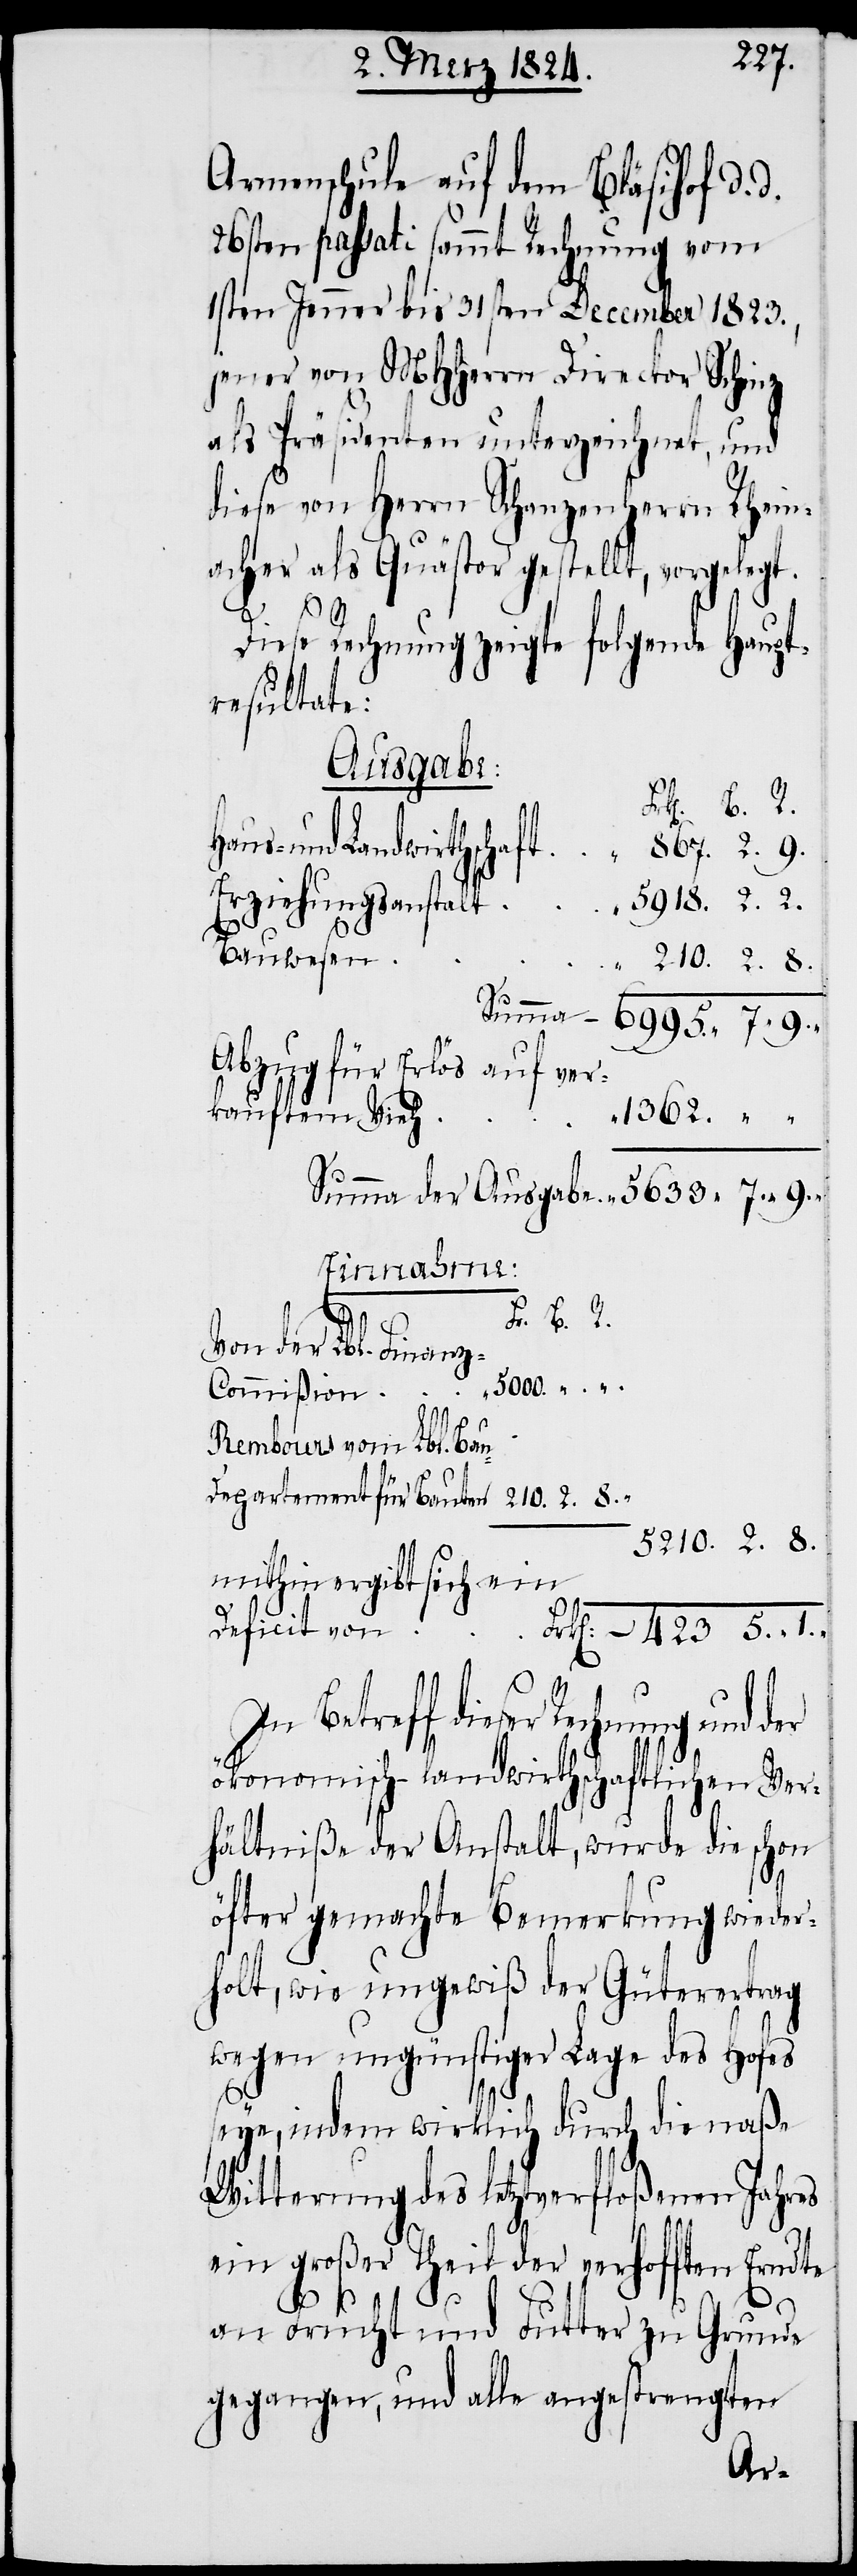
Armenschule auf den Bläsihof d.
26sten passati sammt Rechnung vom
1sten Jenner bis 31sten December 1823.,
jener von MHHerrn Director Schinz
als Präsidenten unterzeichnet, und
diese von Herrn Schanzenherrn Rhein¬
acher als Quästor gestellt, vorgelegt.
8.
Diese Rechnung zeigte folgende Haupt¬
resultate:
Ausgabe.
Bauwesen
Abzug für Erlös auf ver¬
kauftem Vieh
1362.
u-Departement
-423.
Von der Lbl. Finan¬
z-Commißion
Rembours vom Lbl. Ba¬
mithin ergibt sich ein
Deficit von
In Betreff dieser Regierung und
ökonomisch-landwirthschaftlichen Ver¬
hältniße der Anstalt, wurde die schon
5.
öfter gemachte Bemerkung wieder¬
holt, wie ungewiß der Güterertrag
wegen ungünstiger Lage des Hofes
seye, indem wirklich durch die naße
Witterung des letztverfloßenen Jahres
ein großer Theil der verhofften Erndte
1.
an Frucht und Futter zu Grunde
gegangen, und alle angestrengten